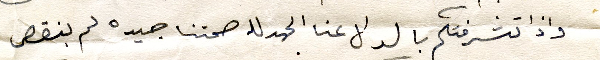
واذا تشرفتم بالسؤال عنا الحمدلله صحتنا جيده لم ينقص